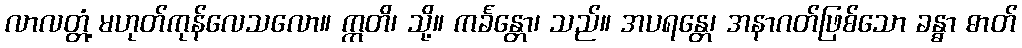
လာလတ္တံ့ မဟုတ်ကုန်လေသလော။ ဣတိ၊ သို့။ ကင်္ခန္တော၊ သည်။ အပရန္တေ၊ အနာဂတ်ဖြစ်သော ခန္ဓာ ဓာတ်